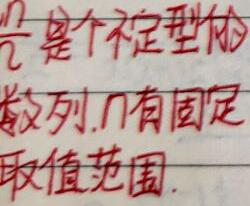
$\frac{n}{2}$是个不定型的数列,$n$有固定取值范围.